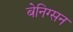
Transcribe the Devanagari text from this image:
बेनिग्सन